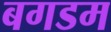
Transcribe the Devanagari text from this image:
बगडम